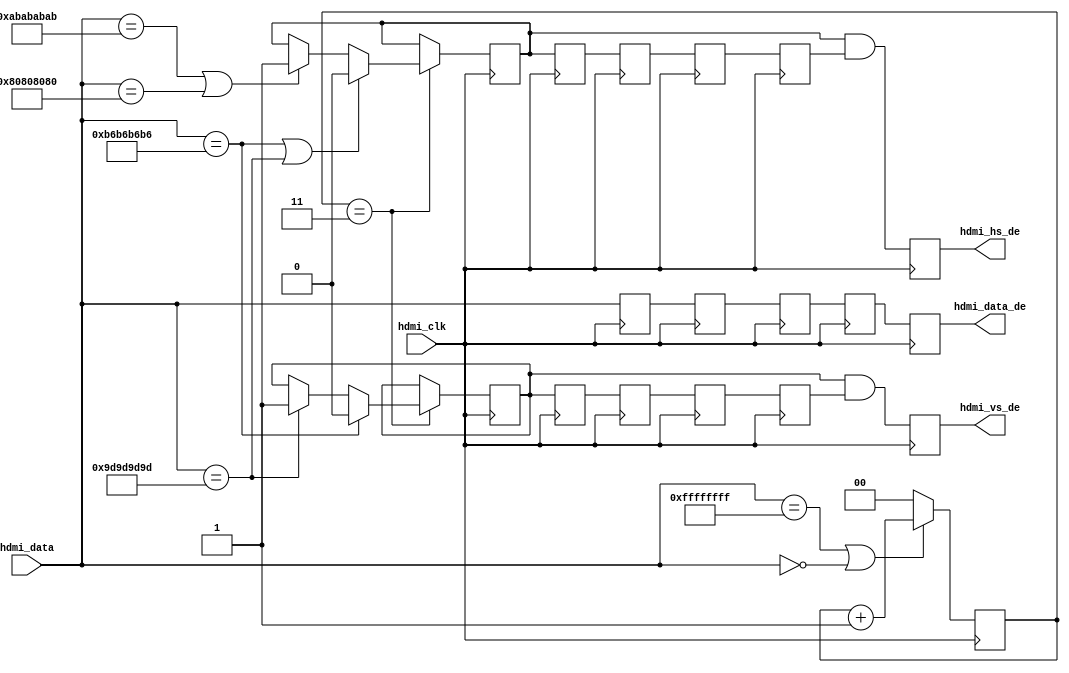
module axi_hdmi_rx_es (

  // hdmi interface

  hdmi_clk,
  hdmi_data,
  hdmi_vs_de,
  hdmi_hs_de,
  hdmi_data_de);

  // parameters

  parameter   DATA_WIDTH = 32;
  localparam  BYTE_WIDTH = DATA_WIDTH/8;

  // hdmi interface

  input                       hdmi_clk;
  input   [(DATA_WIDTH-1):0]  hdmi_data;

  // dma interface

  output                      hdmi_vs_de;
  output                      hdmi_hs_de;
  output  [(DATA_WIDTH-1):0]  hdmi_data_de;

  // internal registers

  reg     [(DATA_WIDTH-1):0]  hdmi_data_d = 'd0;
  reg                         hdmi_hs_de_rcv_d = 'd0;
  reg                         hdmi_vs_de_rcv_d = 'd0;
  reg     [(DATA_WIDTH-1):0]  hdmi_data_2d = 'd0;
  reg                         hdmi_hs_de_rcv_2d = 'd0;
  reg                         hdmi_vs_de_rcv_2d = 'd0;
  reg     [(DATA_WIDTH-1):0]  hdmi_data_3d = 'd0;
  reg                         hdmi_hs_de_rcv_3d = 'd0;
  reg                         hdmi_vs_de_rcv_3d = 'd0;
  reg     [(DATA_WIDTH-1):0]  hdmi_data_4d = 'd0;
  reg                         hdmi_hs_de_rcv_4d = 'd0;
  reg                         hdmi_vs_de_rcv_4d = 'd0;
  reg     [(DATA_WIDTH-1):0]  hdmi_data_de = 'd0;
  reg                         hdmi_hs_de = 'd0;
  reg                         hdmi_vs_de = 'd0;
  reg     [ 1:0]              hdmi_preamble_cnt = 'd0;
  reg                         hdmi_hs_de_rcv = 'd0;
  reg                         hdmi_vs_de_rcv = 'd0;

  // internal signals

  wire    [(DATA_WIDTH-1):0]  hdmi_ff_s;
  wire    [(DATA_WIDTH-1):0]  hdmi_00_s;
  wire    [(DATA_WIDTH-1):0]  hdmi_b6_s;
  wire    [(DATA_WIDTH-1):0]  hdmi_9d_s;
  wire    [(DATA_WIDTH-1):0]  hdmi_ab_s;
  wire    [(DATA_WIDTH-1):0]  hdmi_80_s;

  // es constants

  assign hdmi_ff_s = {BYTE_WIDTH{8'hff}};
  assign hdmi_00_s = {BYTE_WIDTH{8'h00}};
  assign hdmi_b6_s = {BYTE_WIDTH{8'hb6}};
  assign hdmi_9d_s = {BYTE_WIDTH{8'h9d}};
  assign hdmi_ab_s = {BYTE_WIDTH{8'hab}};
  assign hdmi_80_s = {BYTE_WIDTH{8'h80}};

  // delay to get rid of eav's 4 bytes

  always @(posedge hdmi_clk) begin
    hdmi_data_d <= hdmi_data;
    hdmi_hs_de_rcv_d <= hdmi_hs_de_rcv;
    hdmi_vs_de_rcv_d <= hdmi_vs_de_rcv;
    hdmi_data_2d <= hdmi_data_d;
    hdmi_hs_de_rcv_2d <= hdmi_hs_de_rcv_d;
    hdmi_vs_de_rcv_2d <= hdmi_vs_de_rcv_d;
    hdmi_data_3d <= hdmi_data_2d;
    hdmi_hs_de_rcv_3d <= hdmi_hs_de_rcv_2d;
    hdmi_vs_de_rcv_3d <= hdmi_vs_de_rcv_2d;
    hdmi_data_4d <= hdmi_data_3d;
    hdmi_hs_de_rcv_4d <= hdmi_hs_de_rcv_3d;
    hdmi_vs_de_rcv_4d <= hdmi_vs_de_rcv_3d;
    hdmi_data_de  <= hdmi_data_4d;
    hdmi_hs_de <= hdmi_hs_de_rcv & hdmi_hs_de_rcv_4d;
    hdmi_vs_de <= hdmi_vs_de_rcv & hdmi_vs_de_rcv_4d;
  end

  // check for sav and eav and generate the corresponding enables

  always @(posedge hdmi_clk) begin
    if ((hdmi_data == hdmi_ff_s) || (hdmi_data == hdmi_00_s)) begin
      hdmi_preamble_cnt <= hdmi_preamble_cnt + 1'b1;
    end else begin
      hdmi_preamble_cnt <= 'd0;
    end
    if (hdmi_preamble_cnt == 3'b11) begin
      if ((hdmi_data == hdmi_b6_s) || (hdmi_data == hdmi_9d_s)) begin
        hdmi_hs_de_rcv <= 1'b0;
      end else if ((hdmi_data == hdmi_ab_s) || (hdmi_data == hdmi_80_s)) begin
        hdmi_hs_de_rcv <= 1'b1;
      end
      if (hdmi_data == hdmi_b6_s) begin
        hdmi_vs_de_rcv <= 1'b0;
      end else if (hdmi_data == hdmi_9d_s) begin
        hdmi_vs_de_rcv <= 1'b1;
      end
    end
  end

endmodule